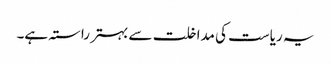
یہ ریاست کی مداخلت سے بہتر راستہ ہے۔